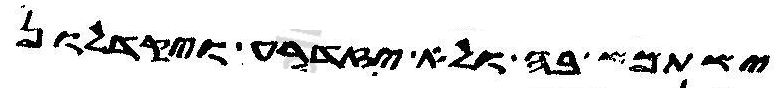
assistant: ישתמש בה ולא אזדרע ויקדלון